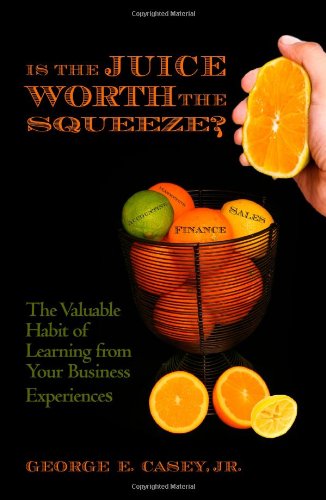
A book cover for Is the Juice Worth the Squeeze: The Valuable Habit of Learning from Your Business Experiences; George E. Casey Jr.; Business & Money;